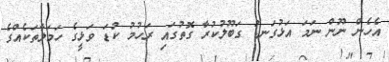
އެހެން ނޫން ނަމަ އަޅުގަނޑު ގަބޫލުކުރާ ގޮތުގައި ރަހުމު ކުޑަ ވަޅީގެ ހަމަލާތަކެއްގެ